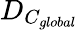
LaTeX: D_{C_{global}}